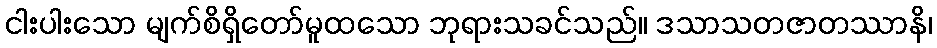
ငါးပါးသော မျက်စိရှိတော်မူထသော ဘုရားသခင်သည်။ ဒသာသတဇာတဿာနိ၊